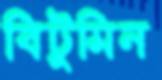
বিটুমিন